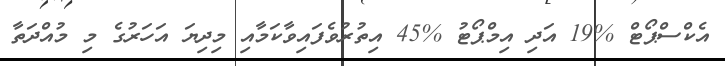
އެކްސްޕޯޓް %19 އަދި އިމްޕޯޓު %45 އިތުރުވެފައިވާކަމާއި މިދިޔަ އަހަރުގެ މި މުއްދަތާ